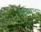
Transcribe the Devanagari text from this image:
आम्‍हाला